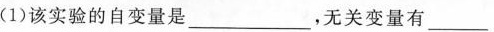
(1)该实验的自变量是___，无关变量有___